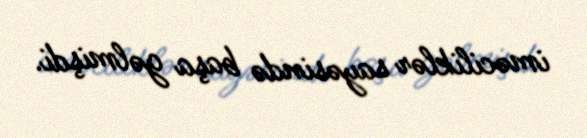
iməciliklər sayəsində başa gəlmişdi.